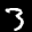
Label: 3